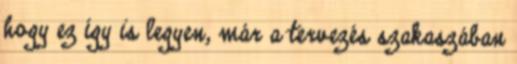
hogy ez így is legyen, már a tervezés szakaszában